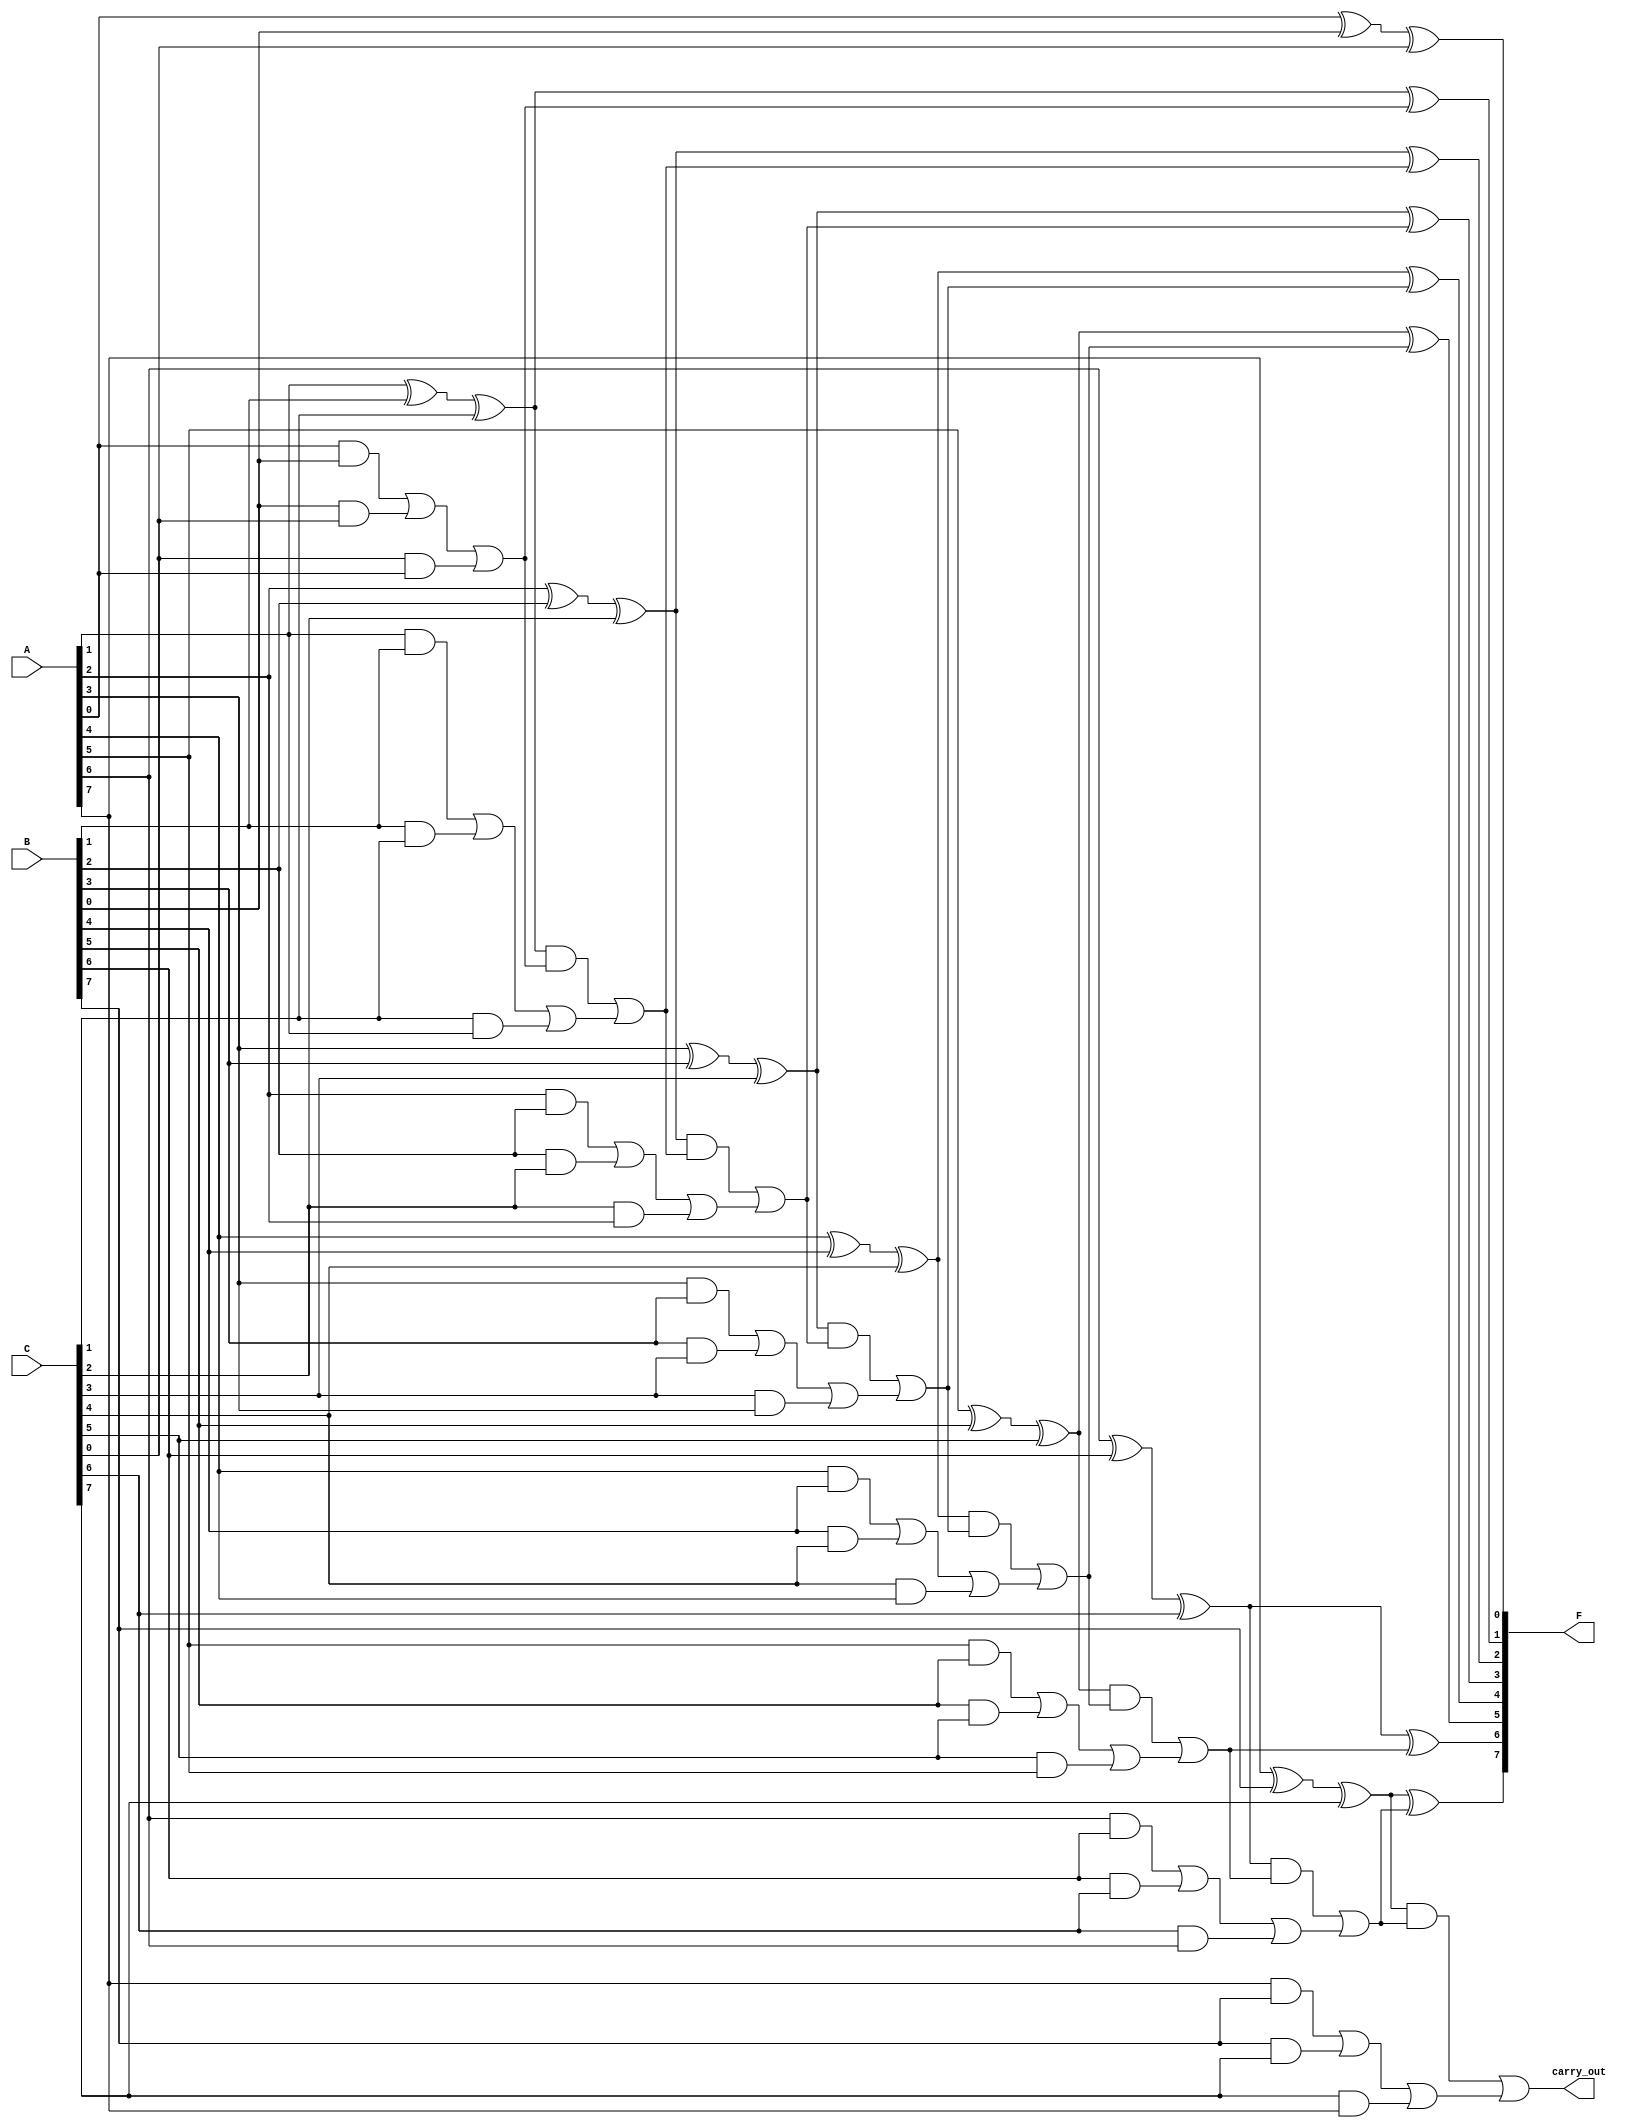
module carry_save_adder #(
    parameter N = 8 // Bit width of the inputs
)(
    input [N-1:0] A, // First input
    input [N-1:0] B, // Second input
    input [N-1:0] C, // Third input
    output [N-1:0] F, // Final sum output
    output carry_out // Carry out
);

    // Intermediate sum and carry vectors
    wire [N-1:0] S; // Sum output from CSA
    wire [N-1:0] C_out; // Carry output from CSA

    // Carry Save Adder Logic
    genvar i;
    generate
        for (i = 0; i < N; i = i + 1) begin : csa
            assign S[i] = A[i] ^ B[i] ^ C[i]; // Sum
            assign C_out[i] = (A[i] & B[i]) | (B[i] & C[i]) | (C[i] & A[i]); // Carry
        end
    endgenerate

    // Carry Propagation Logic (Ripple Carry Adder)
    wire [N:0] carry; // Carry chain
    assign carry[0] = 1'b0; // Initial carry-in

    generate
        for (i = 0; i < N; i = i + 1) begin : rca
            assign F[i] = S[i] ^ carry[i]; // Final sum
            assign carry[i + 1] = (S[i] & carry[i]) | C_out[i]; // Carry propagation
        end
    endgenerate

    assign carry_out = carry[N]; // Final carry out

endmodule